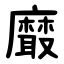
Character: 黀